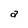
Character: a